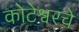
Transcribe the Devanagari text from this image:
कोटेश्वरचे